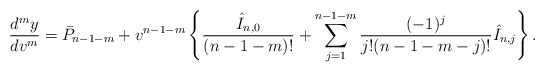
\begin{align*} \frac{d^my}{dv^m}=\bar{P}_{n-1-m}+v^{n-1-m}\left\{\frac{\hat{I}_{n,0}}{(n-1-m)!}+\sum_{j=1}^{n-1-m}\frac{(-1)^j}{j!(n-1-m-j)!}\hat{I}_{n,j}\right\}.\end{align*}